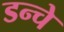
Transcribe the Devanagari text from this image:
डन्चे